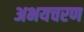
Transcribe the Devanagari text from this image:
अभयचरण